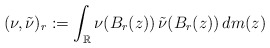
\begin{align*}( \nu , \tilde{\nu} ) _r := \int _{\mathbb{R}} \nu ( B _r ( z ) ) \, \tilde{\nu} ( B _r ( z ) ) \, d m ( z ) \end{align*}